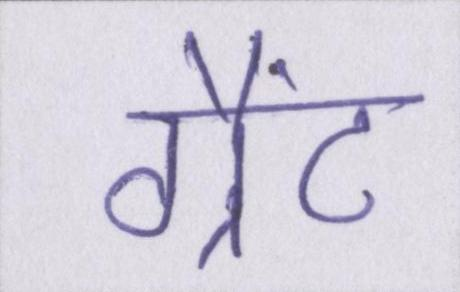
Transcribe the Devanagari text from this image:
ग्रैंट